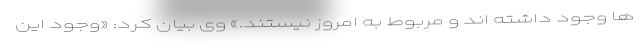
ها وجود داشته اند و مربوط به امروز نیستند.» وی بیان کرد: «وجود این